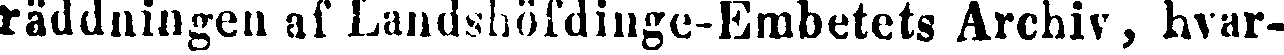
räddningen af Landshöfdinge-Embetets Archiv, hvar-